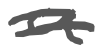
Text: a
Cross-out: double-line
Writing tool: digital_gray